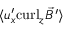
\langle { u } _ { x } ^ { \prime } \mathrm { c u r l } _ { z } \vec { B ^ { \prime } } \rangle